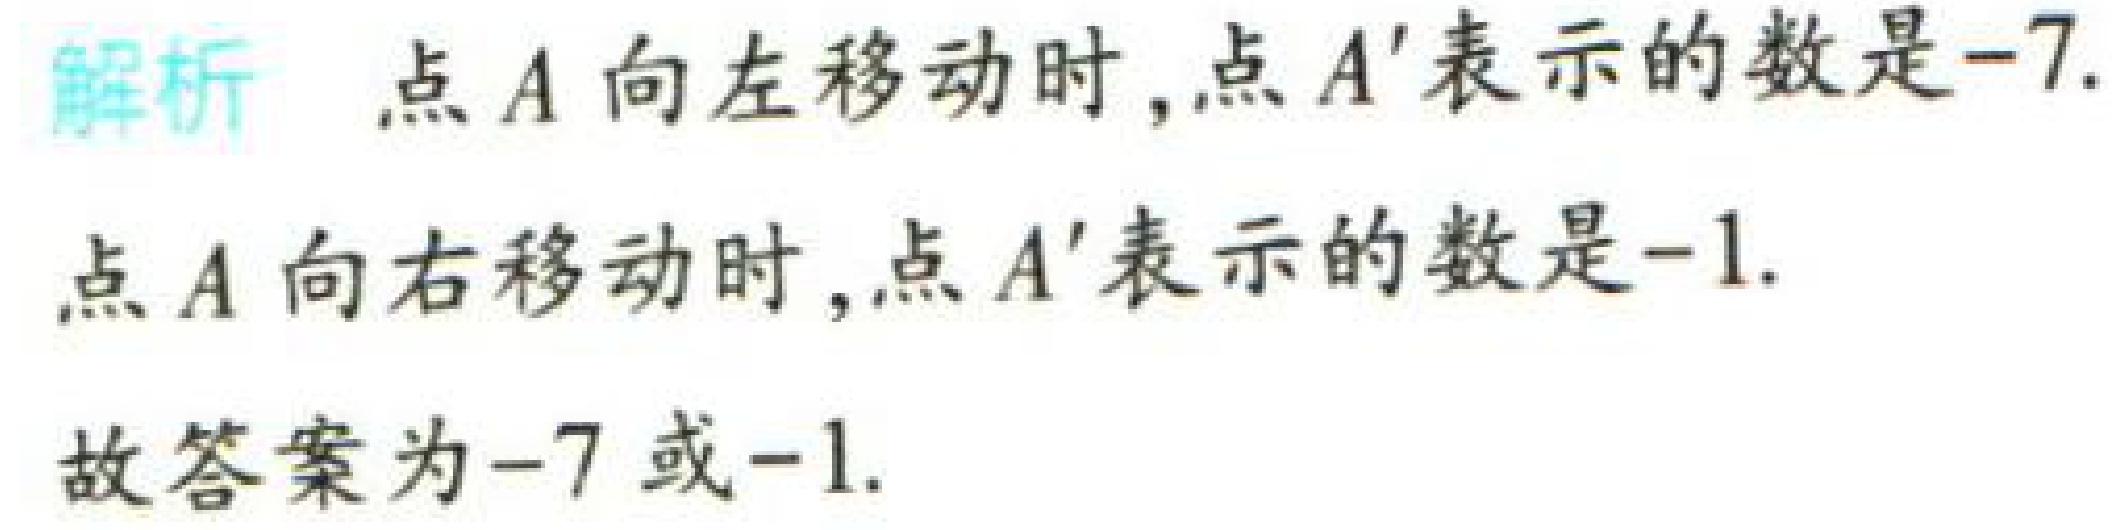
解析 点\(A\)向左移动时,点\(A'\)表示的数是\(-7\).

点\(A\)向右移动时,点\(A'\)表示的数是\(-1\).

故答案为\(-7\)或\(-1\).